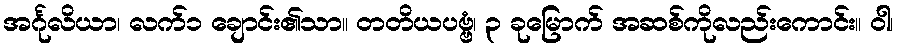
အင်္ဂုလိယာ၊ လက်၁ ချောင်း၏သာ။ တတိယပဗ္ဗံ၊ ၃ ခုမြောက် အဆစ်ကိုလည်းကောင်း။ ဝါ၊